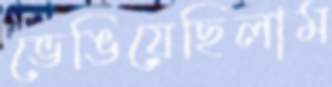
ভেঙিয়েছিলাম